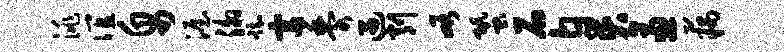
洮谊帛渥泖踟富黍遇削峪蛩石臭逼藕